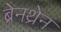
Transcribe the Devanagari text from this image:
ब्रेनथ्रेन